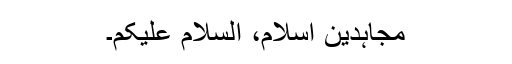
مجاہدین ِاسلام، السلام علیکم۔